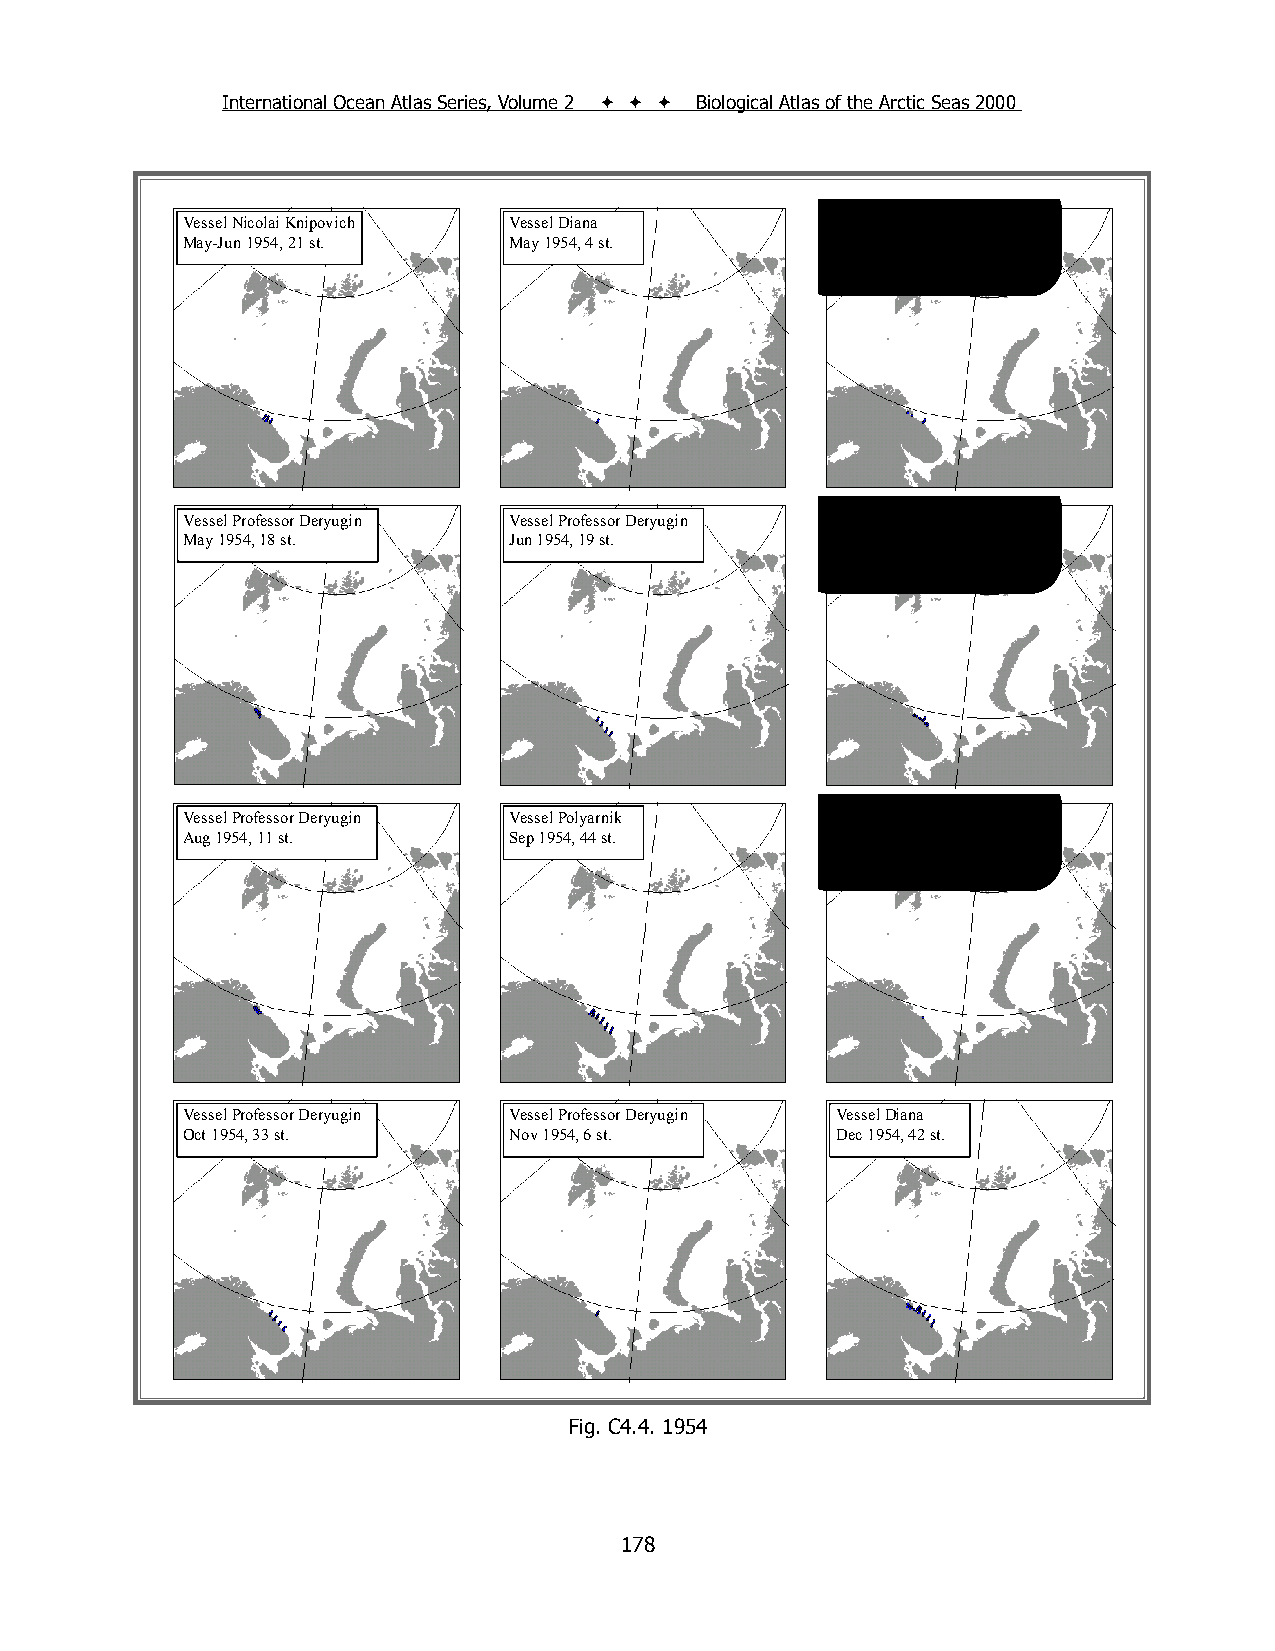
International Ocean Atlas Series, Volume 2    Biological Atlas of the Arctic Seas 2000
 Vessel Nicolai Knipovich Vessel Diana      Vessel Professor Deryugin
 May-Jun 1954, 21 st.  May 1954, 4 st.      May 1954, 6 st.
 Vessel Professor Deryugin Vessel Professor Deryugin Vessel Professor Deryugin
 May 1954, 18 st.      Jun 1954, 19 st.     Jul 1954, 29 st.
 Vessel Professor Deryugin Vessel Polyarnik Vessel Professor Deryugin
 Aug 1954, 11 st.      Sep 1954, 44 st.     Sep 1954, 7 st.
 Vessel Professor Deryugin Vessel Professor Deryugin Vessel Diana
 Oct 1954, 33 st.      Nov 1954, 6 st.      Dec 1954, 42 st.
 Fig. C4.4. 1954
 178